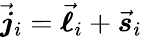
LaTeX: \vec{\boldsymbol{j}}_{i}=\vec{\boldsymbol{\ell}}_{i}+\vec{\boldsymbol{s}}_{i}